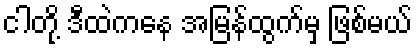
ငါတို့ ဒီထဲကနေ အမြန်ထွက်မှ ဖြစ်မယ်